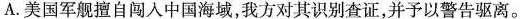
A.美国军舰擅自闯入中国海域，我方对其识别查证，并予以警告驱离。